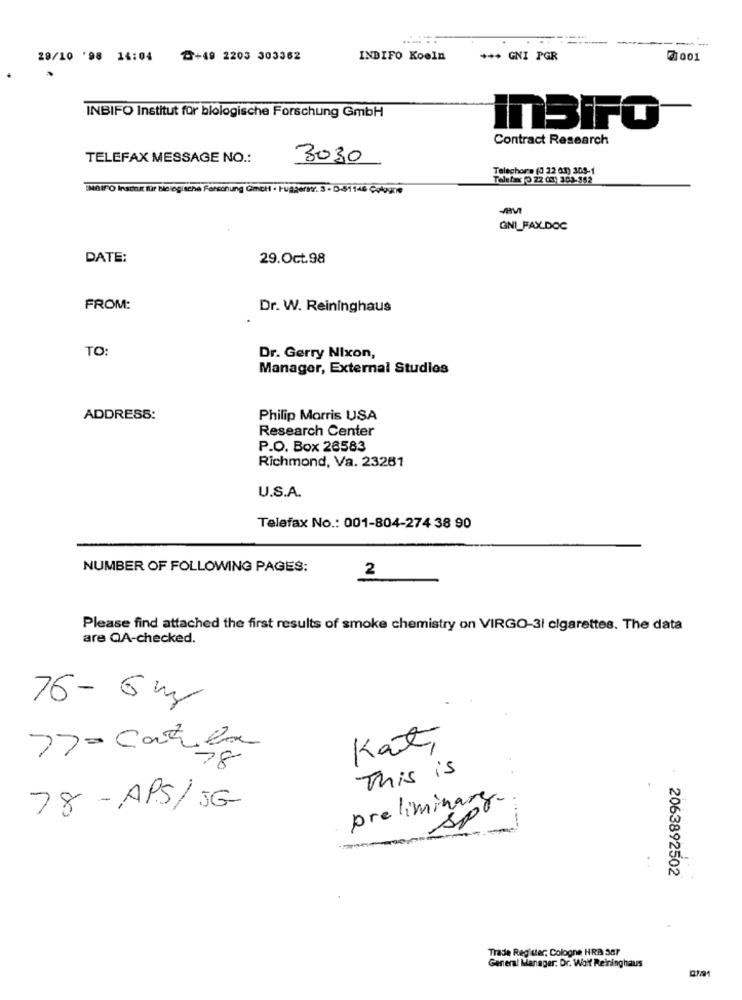
.-...
29/10 '98 14:04
₸+49 2203 303362
INDIFO Koeln
*** GNI PGR
71001
INBIFO Institut für biologische Forschung GmbH
inBIFO
Contract Research
TELEFAX MESSAGE NO .:
3030
Telechora (0 22 03) 309-1
Telefax (0 22 00) 309-952
IMBIFO Instur für biologische Forschung Gmbh · Fusterav. 3 - D-51146 Cologne
GNI_FAX.DOC
DATE:
29.Oct.98
FROM:
Dr. W. Reininghaus
TO:
Dr. Gerry Nixon,
Manager, External Studies
ADDRESS:
Philip Morris USA
Research Center
P.O. Box 26583
Richmond, Va. 23281
U.S.A.
Telefax No .: 001-804-274 38 90
NUMBER OF FOLLOWING PAGES:
2
Please find attached the first results of smoke chemistry on VIRGO-31 cigarettes. The data
are QA-checked.
76-6m
Kat,
77-Caren
This is
preliminare.
78 - APS/JG
Spr
2063892502
Trade Register, Cologne HRB 387
General Manager: Dr. Wolff Reininghaus